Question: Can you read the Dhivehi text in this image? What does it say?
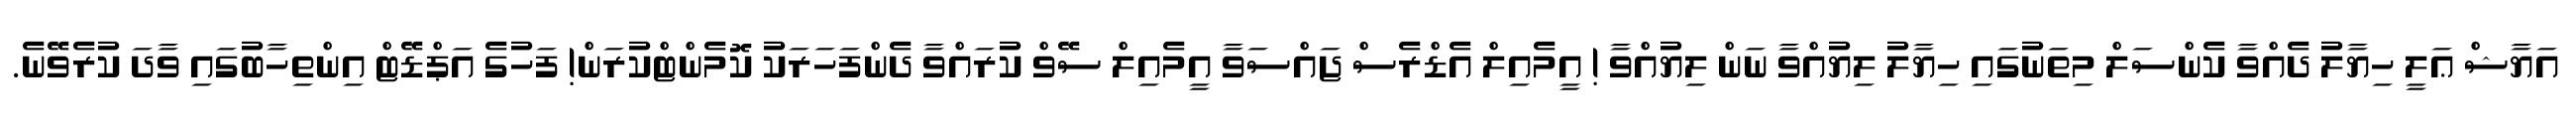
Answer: އަޔާޝް ޢަލީ ހިޔާލު ދެއްވާ ކެންސަލް މިތަނުގައި ހިޔާލު ލިޔުއްވާ ނަން ލިޔުއްވާ ! އީމެއިލް އެޑްރެސް ޖައްސަވާ އީމެއިލް ސޭވް ކުރައްވާ ދެންފަހަރަކު ކޮމެންޓްކުރަން! ފަހުގެ އަޕްޑޭޓް އިންތިހާބުގައި ވާދަ ކުރެވޭނެ.